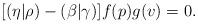
LaTeX: \begin{align*}[(\eta|\rho)-(\beta|\gamma)]f(p)g(v)=0.\end{align*}